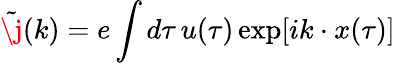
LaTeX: \tilde{\j}(k)=e\int d\tau\, u(\tau)\exp[ik\cdot x(\tau)]